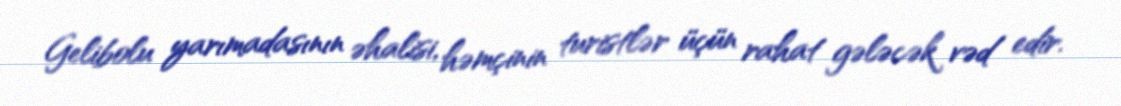
Gelibolu yarımadasının əhalisi, həmçinin turistlər üçün rahat gələcək vəd edir.